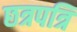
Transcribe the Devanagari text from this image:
छत्रपत्रि